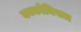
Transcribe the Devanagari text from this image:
काकोमिसल